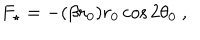
F _ { \star } = - ( \beta r _ { 0 } ) r _ { 0 } \cos 2 \theta _ { 0 } ~ ,